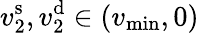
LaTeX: v_{2}^{\mathrm{s}},v_{2}^{\mathrm{d}}\in(v_{\operatorname*{min}},0)